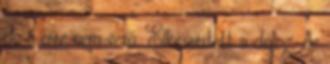
de ő erre nem vevő. Elkeserített a dolog, de